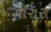
ગોગરા